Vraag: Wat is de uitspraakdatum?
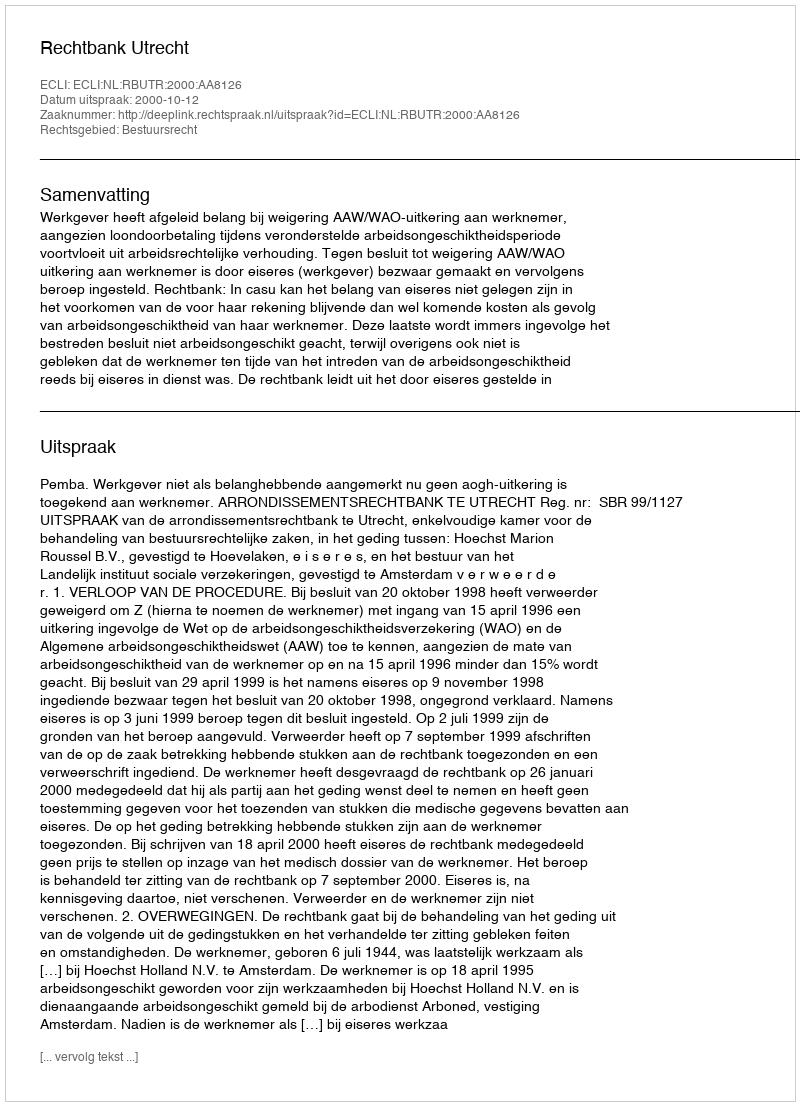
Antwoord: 2000-10-12